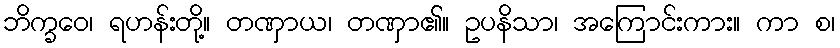
ဘိက္ခဝေ၊ ရဟန်းတို့။ တဏှာယ၊ တဏှာ၏။ ဥပနိသာ၊ အကြောင်းကား။ ကာ စ၊